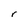
Character: r